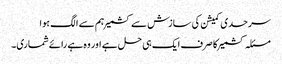
سرحدی کمیشن کی سازش سے کشمیر ہم سے الگ ہوا
مسئلہ کشمیر کا صرف ایک ہی حل ہے اور وہ ہے رائے شماری۔